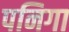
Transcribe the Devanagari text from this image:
पनिगा